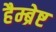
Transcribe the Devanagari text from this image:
हैम्ब्रेष्ट